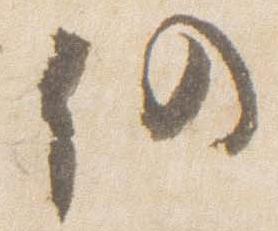
仍